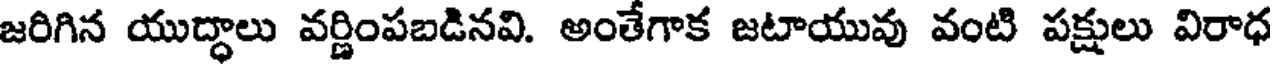
జరిగిన యుద్ధాలు వర్ణింపబడినవి. అంతేగాక జటాయువు వంటి పక్షులు విరాధ